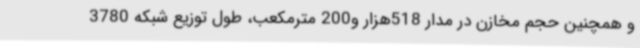
و همچنین حجم مخازن در مدار 518هزار و200 مترمکعب، طول توزیع شبکه 3780